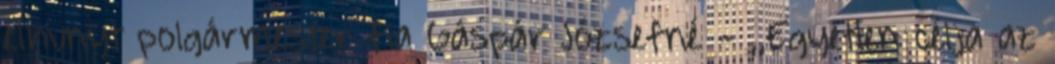
elhunyt polgármester fia Gáspár Józsefné - ,,Egyetlen célja az